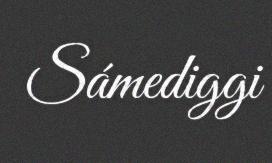
Sámediggi